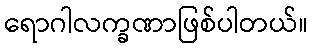
ရောဂါလက္ခဏာဖြစ်ပါတယ်။